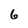
Character: 6